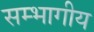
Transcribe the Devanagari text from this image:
सम्भागीय